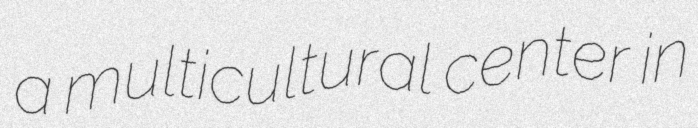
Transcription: a multicultural center in